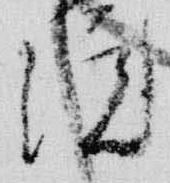
院